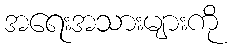
အရေးအသားများကို